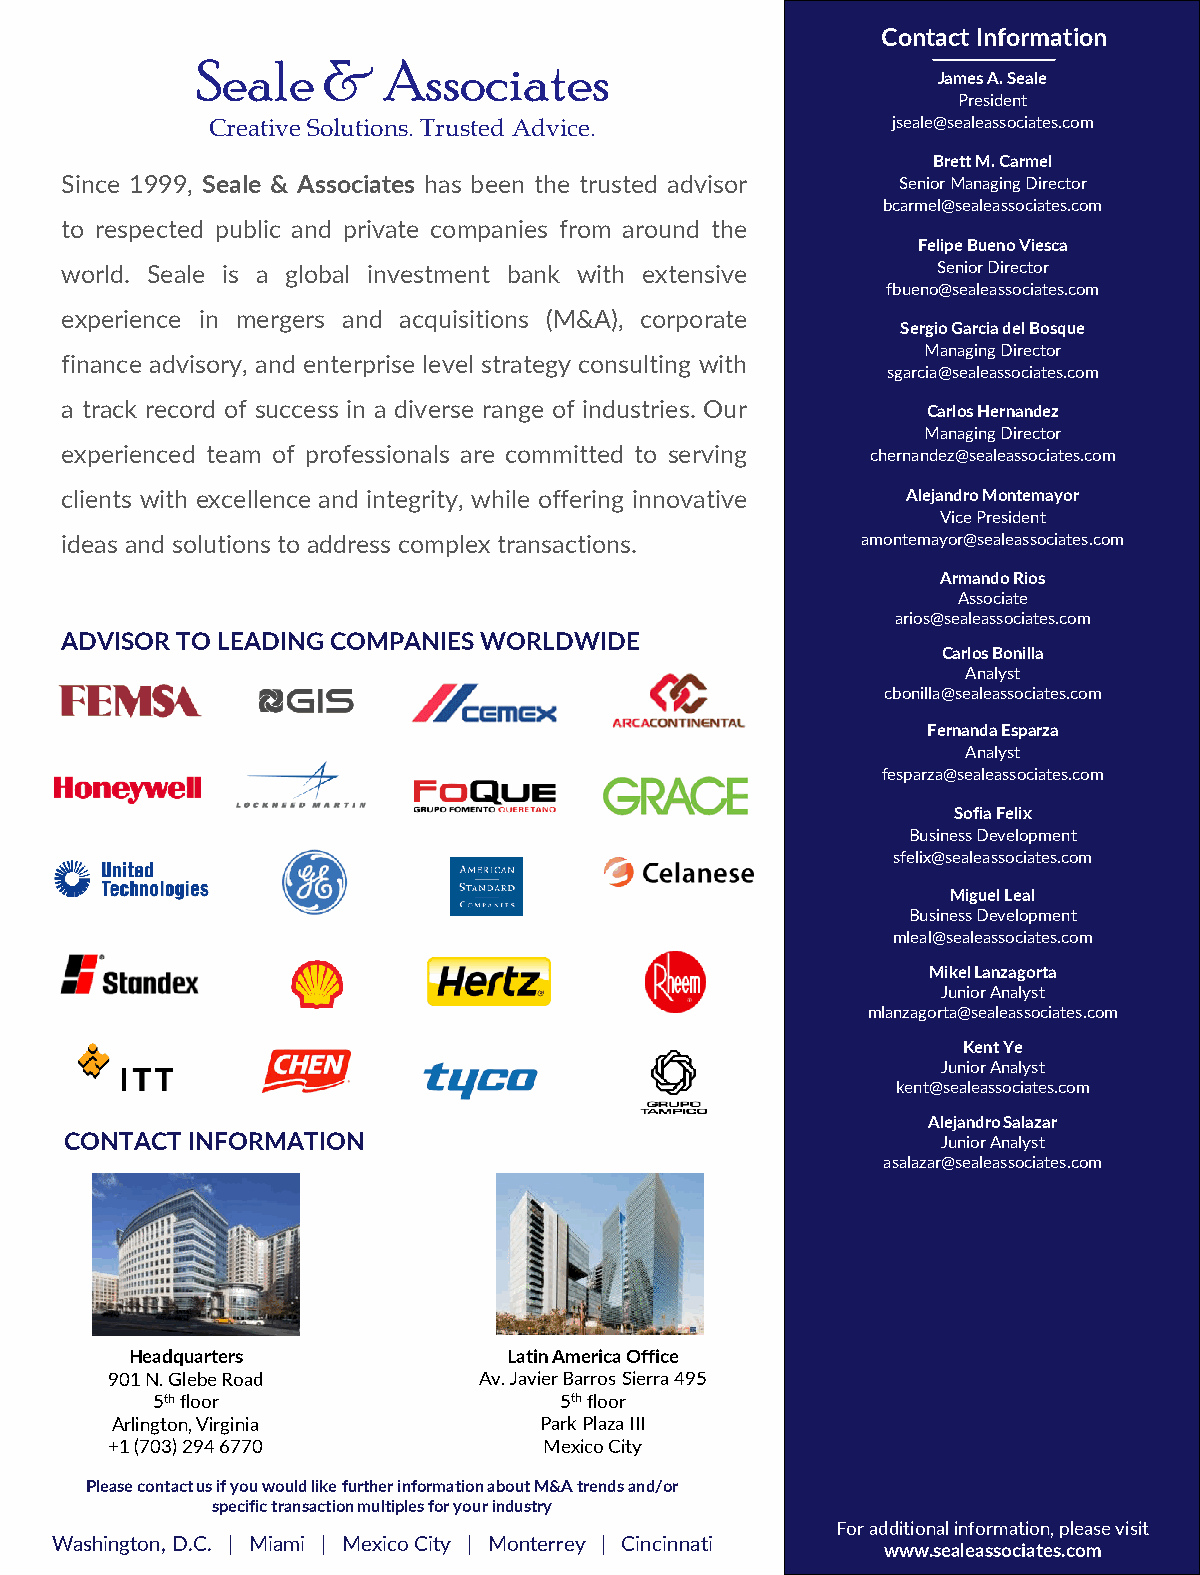
Contact Information
 Seale   &   Associates
 James A. Seale
 President
 Creative Solutions. Trusted Advice.          jseale@sealeassociates.com
 Brett M. Carmel
 Since 1999, Seale & Associates has been the trusted advisor Senior Managing Director
 bcarmel@sealeassociates.com
 to respected public and private companies from around the
 Felipe Bueno Viesca
 world. Seale is a global investment bank with extensive   Senior Director
 fbueno@sealeassociates.com
 experience in mergers and acquisitions (M&A), corporate
 Sergio Garcia del Bosque
 Managing Director
 finance advisory, and enterprise level strategy consulting with
 sgarcia@sealeassociates.com
 a track record of success in a diverse range of industries. Our Carlos Hernandez
 Managing Director
 experienced team of professionals are committed to serving chernandez@sealeassociates.com
 clients with excellence and integrity, while offering innovative Alejandro Montemayor
 Vice President
 ideas and solutions toaddress complex transactions.  amontemayor@sealeassociates.com
 Armando Rios
 Associate
 arios@sealeassociates.com
 ADVISOR TO LEADING COMPANIES WORLDWIDE
 Carlos Bonilla
 Analyst
 cbonilla@sealeassociates.com
 Fernanda Esparza
 Analyst
 fesparza@sealeassociates.com
 Sofia Felix
 Business Development
 sfelix@sealeassociates.com
 Miguel Leal
 Business Development
 mleal@sealeassociates.com
 Mikel Lanzagorta
 Junior Analyst
 mlanzagorta@sealeassociates.com
 Kent Ye
 Junior Analyst
 kent@sealeassociates.com
 Alejandro Salazar
 CONTACT INFORMATION                                       Junior Analyst
 asalazar@sealeassociates.com
 Headquarters             Latin America Office
 901 N. Glebe Road        Av. Javier Barros Sierra 495
 5thfloor                   5thfloor
 Arlington, Virginia          Park Plaza III
 +1 (703) 294 6770            Mexico City
 Please contact us if you would like further information about M&A trends and/or
 specific transaction multiples for your industry
 For additional information, please visit
 Washington, D.C. | Miami | Mexico City | Monterrey | Cincinnati
 www.sealeassociates.com